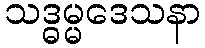
သဒ္ဓမ္မဒေသနာ